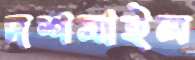
দশমাইল